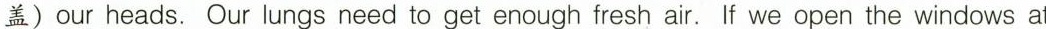
盖)our heads. Our lungs need to get enough fresh air. If we open the windows at